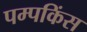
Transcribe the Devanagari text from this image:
पम्पकिंस